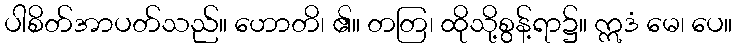
ပါစိတ်အာပတ်သည်။ ဟောတိ၊ ၏။ တတြ၊ ထိုသို့စွန့်ရာ၌။ ဣဒံ မေ၊ ပေ။